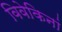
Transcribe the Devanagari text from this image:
विवेकिनां